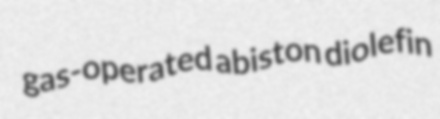
gas-operated abiston diolefin